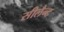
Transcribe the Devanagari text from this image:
सीलैन्ट